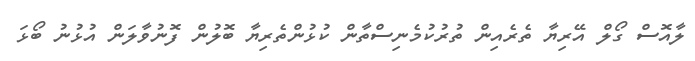
ލާއޮސް ގޯލް އޭރިޔާ ތެރެއިން ތުރުކުމެނިސްތާން ކުޅުންތެރިޔާ ބޮލުން ފޮނުވާލަން އުޅުނު ބޯޅަ